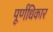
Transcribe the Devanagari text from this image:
पूर्णधिकार